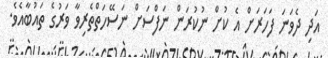
އަދި ދެވަނަ ފަހަރަށް އެ ކުށް ނުކުރަން ނަފްސަށް ނަސޭހަތްތެރިވާ ވަރުގެ ތައުބާއެވެ.